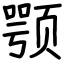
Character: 颚